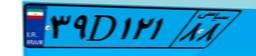
۳۹D۱۲۱۸۸